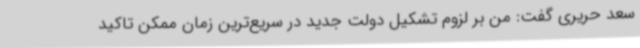
سعد حریری گفت: من بر لزوم تشکیل دولت جدید در سریع‌ترین زمان ممکن تاکید